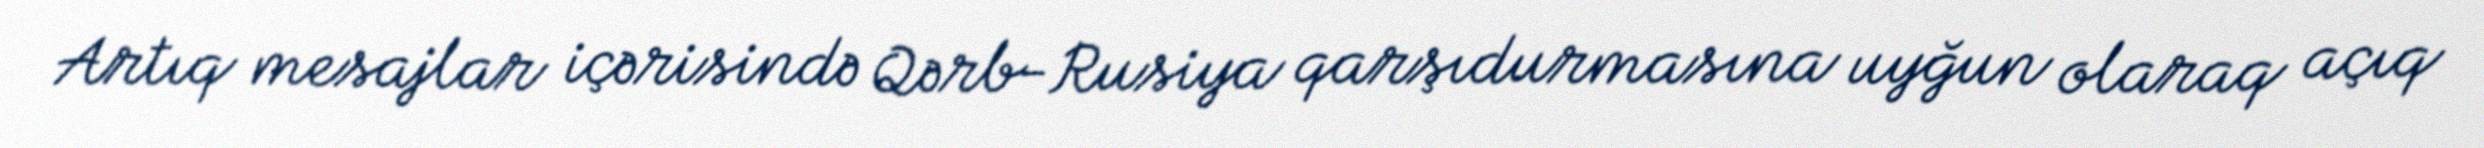
Artıq mesajlar içərisində Qərb-Rusiya qarşıdurmasına uyğun olaraq açıq